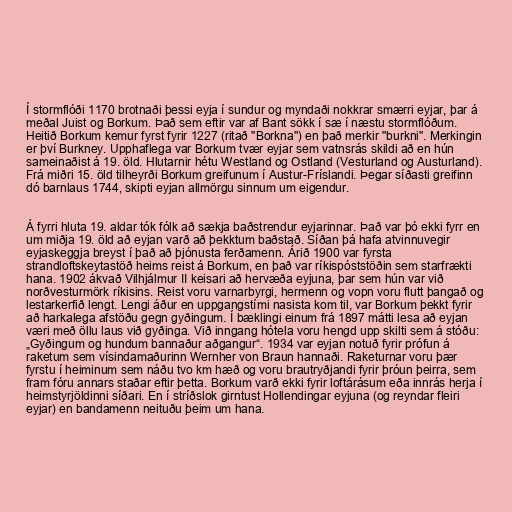
Í stormflóði 1170 brotnaði þessi eyja í sundur og myndaði nokkrar smærri eyjar, þar á
meðal Juist og Borkum. Það sem eftir var af Bant sökk í sæ í næstu stormflóðum.
Heitið Borkum kemur fyrst fyrir 1227 (ritað "Borkna") en það merkir "burkni". Merkingin
er því Burkney. Upphaflega var Borkum tvær eyjar sem vatnsrás skildi að en hún
sameinaðist á 19. öld. Hlutarnir hétu Westland og Ostland (Vesturland og Austurland).
Frá miðri 15. öld tilheyrði Borkum greifunum í Austur-Fríslandi. Þegar síðasti greifinn
dó barnlaus 1744, skipti eyjan allmörgu sinnum um eigendur.

Á fyrri hluta 19. aldar tók fólk að sækja baðstrendur eyjarinnar. Það var þó ekki fyrr en
um miðja 19. öld að eyjan varð að þekktum baðstað. Síðan þá hafa atvinnuvegir
eyjaskeggja breyst í það að þjónusta ferðamenn. Árið 1900 var fyrsta
strandloftskeytastöð heims reist á Borkum, en það var ríkispóststöðin sem starfrækti
hana. 1902 ákvað Vilhjálmur II keisari að hervæða eyjuna, þar sem hún var við
norðvesturmörk ríkisins. Reist voru varnarbyrgi, hermenn og vopn voru flutt þangað og
lestarkerfið lengt. Lengi áður en uppgangstími nasista kom til, var Borkum þekkt fyrir
að harkalega afstöðu gegn gyðingum. Í bæklingi einum frá 1897 mátti lesa að eyjan
væri með öllu laus við gyðinga. Við inngang hótela voru hengd upp skilti sem á stóðu:
„Gyðingum og hundum bannaður aðgangur“. 1934 var eyjan notuð fyrir prófun á
raketum sem vísindamaðurinn Wernher von Braun hannaði. Raketurnar voru þær
fyrstu í heiminum sem náðu tvo km hæð og voru brautryðjandi fyrir þróun þeirra, sem
fram fóru annars staðar eftir þetta. Borkum varð ekki fyrir loftárásum eða innrás herja í
heimstyrjöldinni síðari. En í stríðslok girntust Hollendingar eyjuna (og reyndar fleiri
eyjar) en bandamenn neituðu þeim um hana.